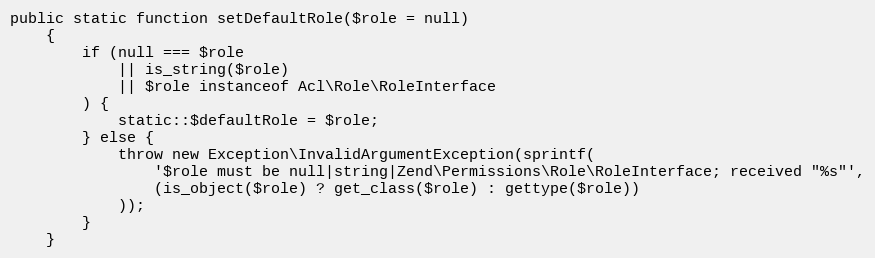
Language: PHP
public static function setDefaultRole($role = null)
    {
        if (null === $role
            || is_string($role)
            || $role instanceof Acl\Role\RoleInterface
        ) {
            static::$defaultRole = $role;
        } else {
            throw new Exception\InvalidArgumentException(sprintf(
                '$role must be null|string|Zend\Permissions\Role\RoleInterface; received "%s"',
                (is_object($role) ? get_class($role) : gettype($role))
            ));
        }
    }